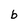
Character: b